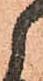
候